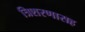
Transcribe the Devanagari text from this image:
त्रिशरणासह